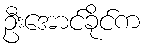
ဦးအောင်ခိုင်က